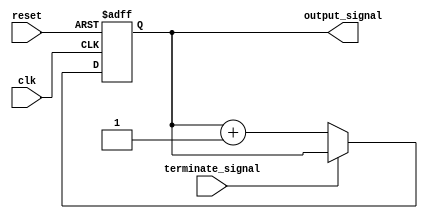
module repeat_loop (
    input wire clk,              // Clock signal
    input wire reset,            // Reset signal
    input wire terminate_signal,  // Signal to terminate the loop
    output reg [7:0] output_signal // Example output signal
);

    // Initialization
    initial begin
        output_signal = 8'b0; // Initialize output signal
    end

    // Always block to implement the repeat loop
    always @(posedge clk or posedge reset) begin
        if (reset) begin
            output_signal <= 8'b0; // Reset output signal
        end else if (!terminate_signal) begin
            // Execution block
            // Example: Increment output signal
            output_signal <= output_signal + 1;

            // Additional operations can be added here
            // e.g., reading inputs, performing computations, etc.
        end
        // If terminate_signal is high, the loop effectively does nothing
        // and can be used to exit the loop gracefully.
    end

endmodule